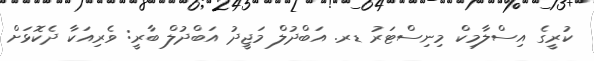
ކުރީގެ އިސްލާމިކް މިނިސްޓަރު ޑރ. އަބްދުލް މަޖީދު އަބްދުލް ބާރީ: ވެރިއަކާ ދެކޮޅަށް